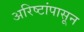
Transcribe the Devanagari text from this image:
अरिष्टांपासून